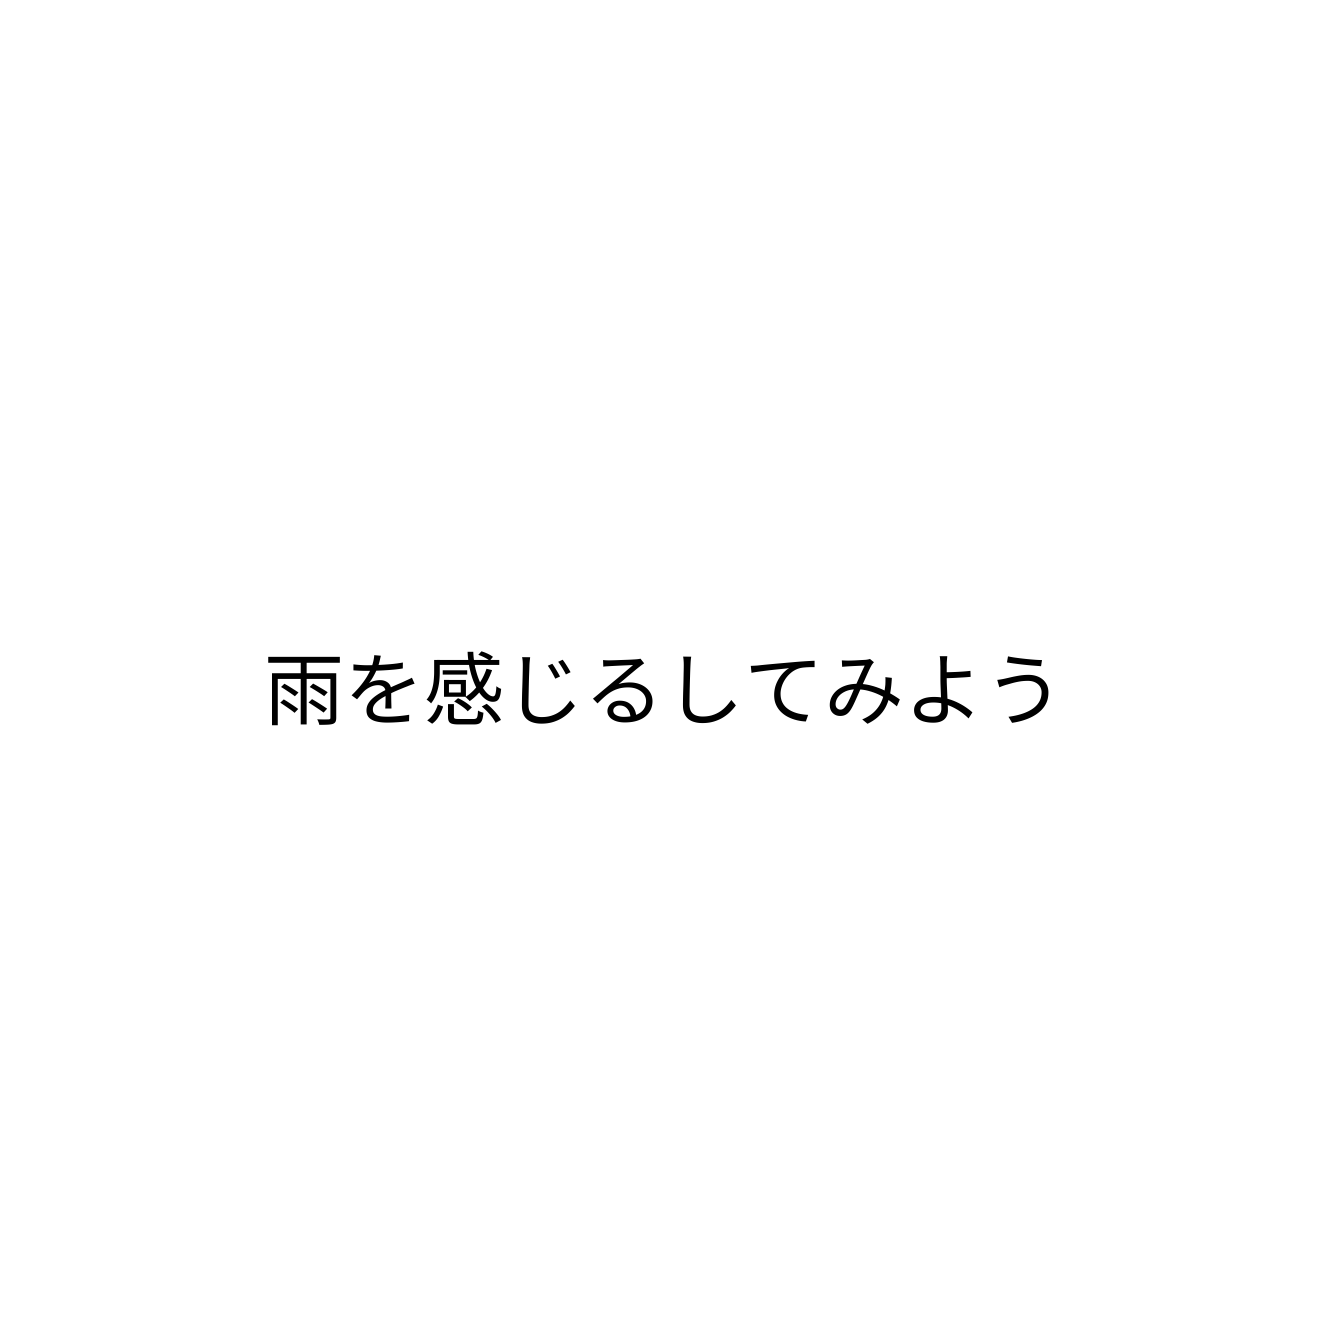
雨を感じるしてみよう